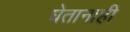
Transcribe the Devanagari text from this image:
घेतानाही